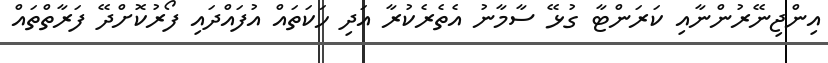
އިންޖިނޭރުންނާއި ކަރަންޓާ ގުޅޭ ސާމާނު އެތެރެކުރާ އަދި ހަކަތައް އުފައްދައި ފޯރުކޮށްދޭ ފަރާތްތައް